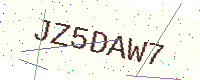
Text: JZ5DAW7